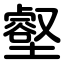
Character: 壑